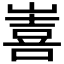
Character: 𭗖